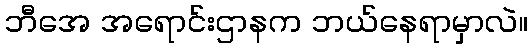
ဘီအေ အရောင်းဌာနက ဘယ်နေရာမှာလဲ။